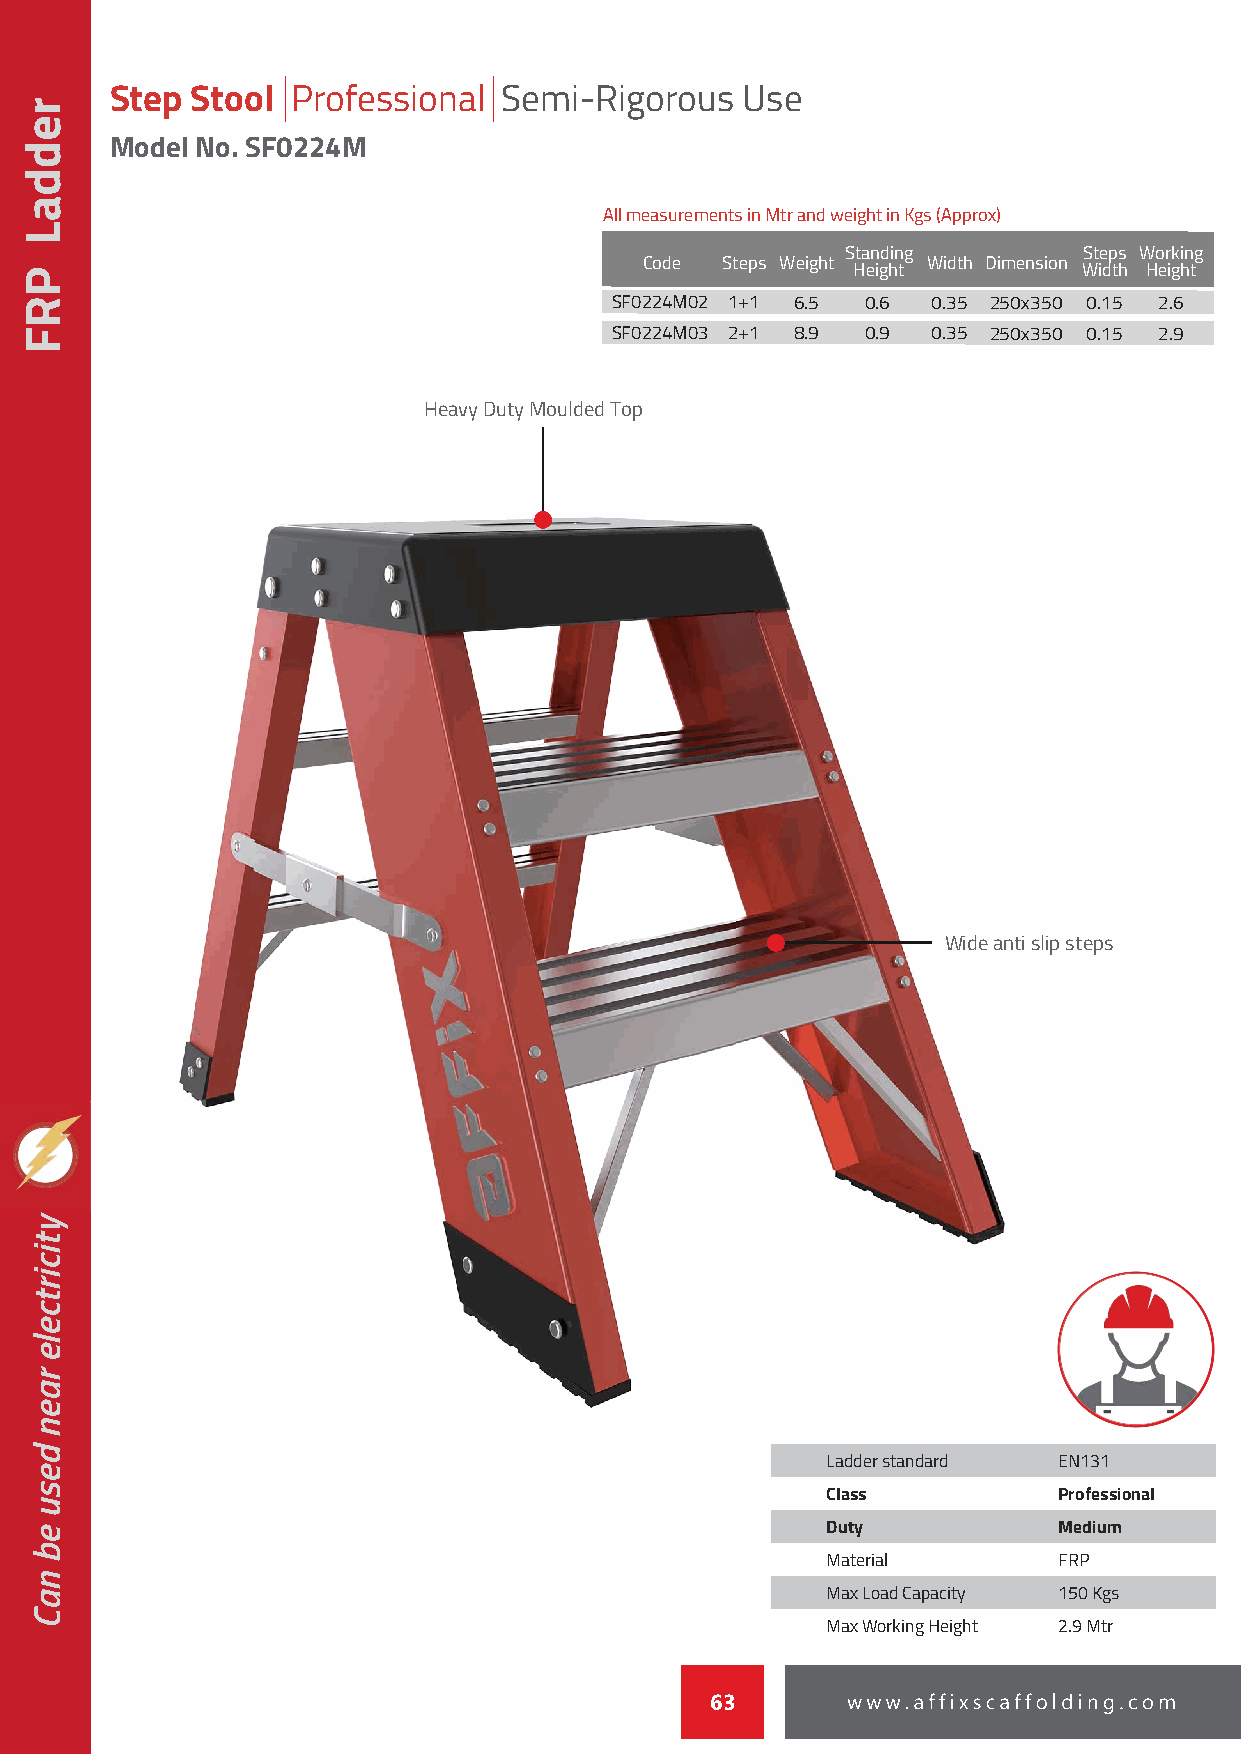
Step  Stool Professional  Semi-Rigorous   Use
 Model No. SF0224M
 All measurements in Mtr and weight in Kgs (Approx)
 Standing        Steps Working
 Code Steps Weight
 Height
 Width Dimension
 Width Height
 SF0224M02 1+1 6.5 0.6 0.35 250x350 0.15 2.6
 SF0224M03 2+1 8.9 0.9 0.35 250x350 0.15 2.9
 HHHHeeeeaaaavvvvyyyy DDDDuuuuttttyyyy MMMMoooouuuullllddddeeeedddd TTTToooopppp
 WWWWiiiiddddeeee aaaannnnttttiiii sssslllliiiipppp sssstttteeeeppppssss
 Ladder standard EN131
 Class          Professional
 Duty           Medium
 Material       FRP
 Max Load Capacity 150 Kgs
 Max Working Height 2.9 Mtr
 63
 reddaL
 PRF
 yticirtcele
 raen
 desu
 eb
 naC